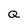
Character: Q